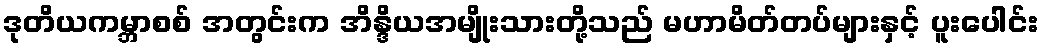
ဒုတိယကမ္ဘာစစ် အတွင်းက အိန္ဒိယအမျိုးသားတို့သည် မဟာမိတ်တပ်များနှင့် ပူးပေါင်း